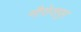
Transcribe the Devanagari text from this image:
नौरोजपुर